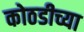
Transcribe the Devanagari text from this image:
कोठडीच्या